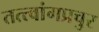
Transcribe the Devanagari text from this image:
तत्त्वांगप्रचुर